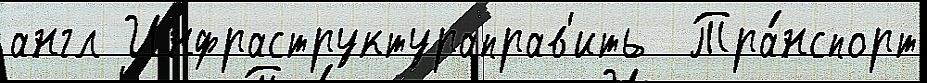
англ Инфраструктураправ'ить  Тра́нспорт